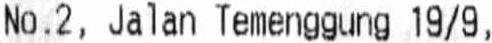
NO.2, JALAN TEMENGGUNG 19/9,